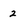
Character: 2